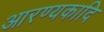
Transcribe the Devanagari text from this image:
आरण्यकादि